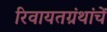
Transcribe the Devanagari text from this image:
रिवायतग्रंथांचें